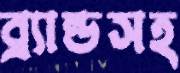
ব্র্যান্ডসহ